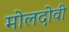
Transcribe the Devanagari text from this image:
मोलदोवी